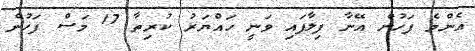
އެންމެ ފަހުން އޭނާ ފިލާފައި ވަނީ ހައްޔަރު ކުރިތާ 17 މަސް ފަހުން